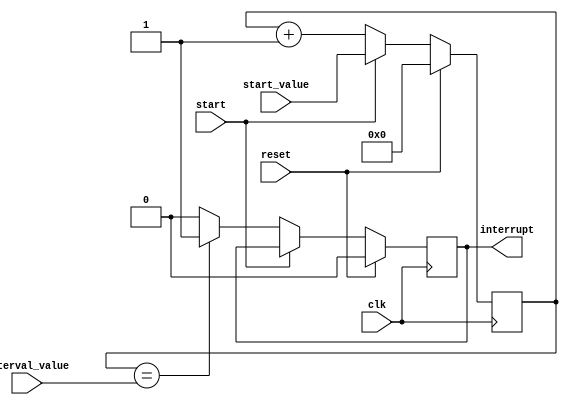
module IntervalTimer (
    input wire clk,           // Clock signal
    input wire start,         // Start signal to begin counting
    input wire reset,         // Reset signal to reset the timer
    input wire [31:0] start_value,    // Start value for the timer
    input wire [31:0] interval_value, // Predetermined interval value
    output reg interrupt       // Interrupt signal when count reaches interval
);

reg [31:0] count;       // Counter for the timer

always @(posedge clk) begin
    if (reset) begin
        count <= 32'h0;
        interrupt <= 1'b0;
    end else if (start) begin
        count <= start_value;
    end else begin
        count <= count + 1;
        if (count == interval_value) begin
            interrupt <= 1'b1;
        end else begin
            interrupt <= 1'b0;
        end
    end
end

endmodule